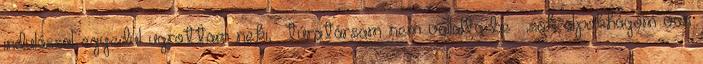
indulással egyedül ugrottam neki, túratársam nem vállalta be ,sok alpokhágóm van